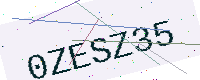
Text: 0ZESZ35